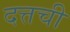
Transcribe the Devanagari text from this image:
दत्तची